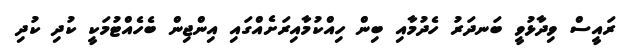
ރައީސް ވިދާޅުވީ ބަނދަރު ހެދުމާއި ބިން ހިއްކުމާއިރަށެއްގައި އިންޖިން ބެހެއްޓުމަކީ ކުދި ކުދި